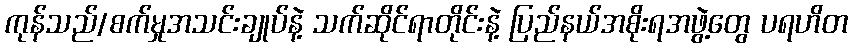
ကုန်သည်/စက်မှုအသင်းချုပ်နဲ့ သက်ဆိုင်ရာတိုင်းနဲ့ ပြည်နယ်အစိုးရအဖွဲ့တွေ ပရဟိတ